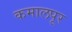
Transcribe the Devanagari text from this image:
कमालपूर